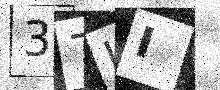
Text: 37II